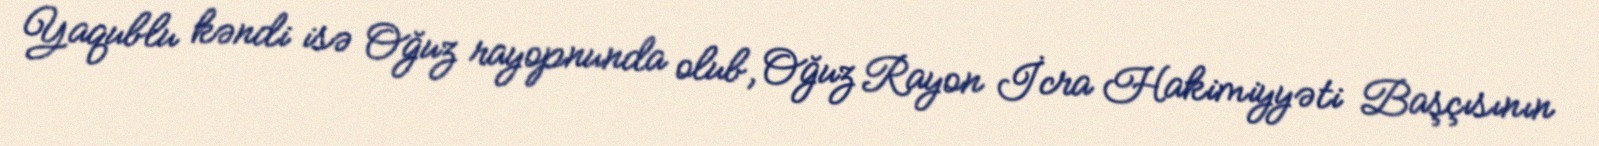
Yaqublu kəndi isə Oğuz rayopnunda olub, Oğuz Rayon İcra Hakimiyyəti Başçısının